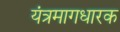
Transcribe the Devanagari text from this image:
यंत्रमागधारक